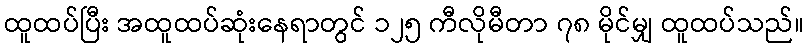
ထူထပ်ပြီး အထူထပ်ဆုံးနေရာတွင် ၁၂၅ ကီလိုမီတာ ၇၈ မိုင်မျှ ထူထပ်သည်။